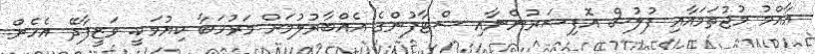
އާއްމު މުޖުތަމައާއި ފުލުސް އޮފިސަރުންނާއި ސްޓާފުންގެ އެއްބާރުލުމަށް މަރުހަބާ ކިޔުމަކީ. ވަޒީފާދޭ އެހެން